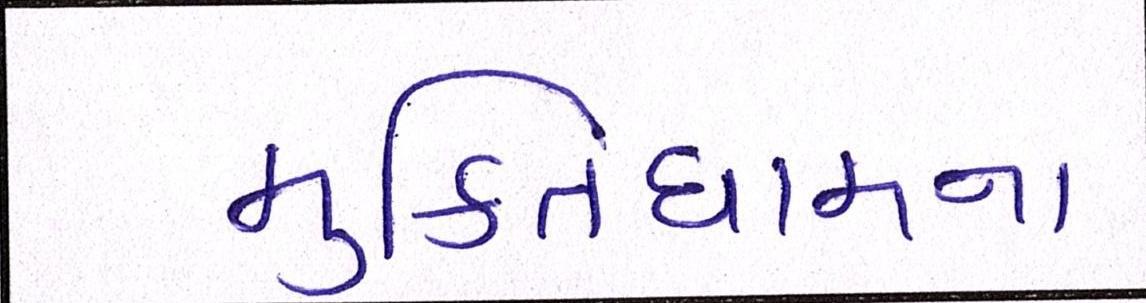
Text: મુકિતધામના